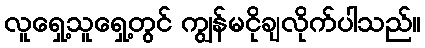
လူရှေ့သူရှေ့တွင် ကျွန်မငိုချလိုက်ပါသည်။